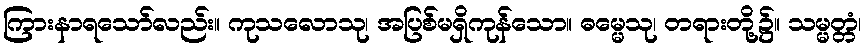
ကြားနာရသော်လည်း။ ကုသလောသု၊ အပြစ်မရှိကုန်သော။ ဓမ္မေသု၊ တရားတို့၌။ သမ္မတ္တံ၊